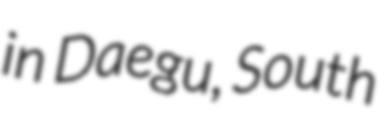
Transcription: in Daegu, South